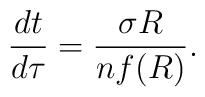
\frac{dt}{d\tau}= \frac{\sigma R}{nf(R)}.